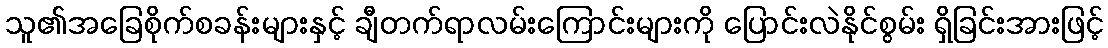
သူ၏အခြေစိုက်စခန်းများနှင့် ချီတက်ရာလမ်းကြောင်းများကို ပြောင်းလဲနိုင်စွမ်း ရှိခြင်းအားဖြင့်